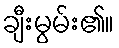
ချီးမွမ်း၏။